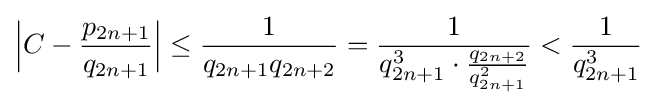
{\Big |}C-{\frac {p_{2n+1}}{q_{2n+1}}}{\Big |}\leq {\frac {1}{q_{2n+1}q_{2n+2}}}={\frac {1}{q_{2n+1}^{3}\cdot {\frac {q_{2n+2}}{q_{2n+1}^{2}}}}}<{\frac {1}{q_{2n+1}^{3}}}